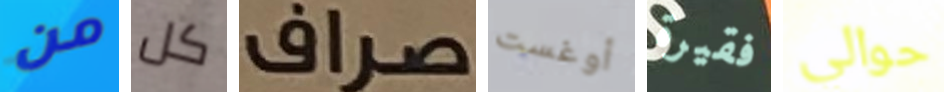
من كل صراف أوغست فقيرة حوالي